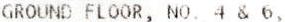
GROUND FLOOR, NO. 4 & 6,